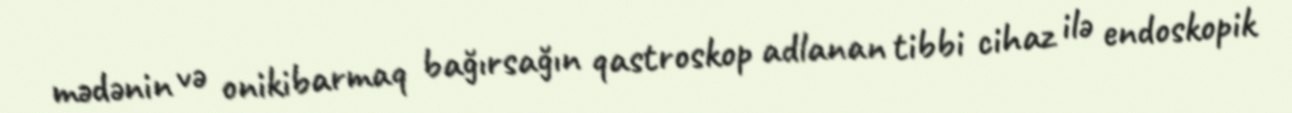
mədənin və onikibarmaq bağırsağın qastroskop adlanan tibbi cihaz ilə endoskopik